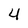
Character: 4